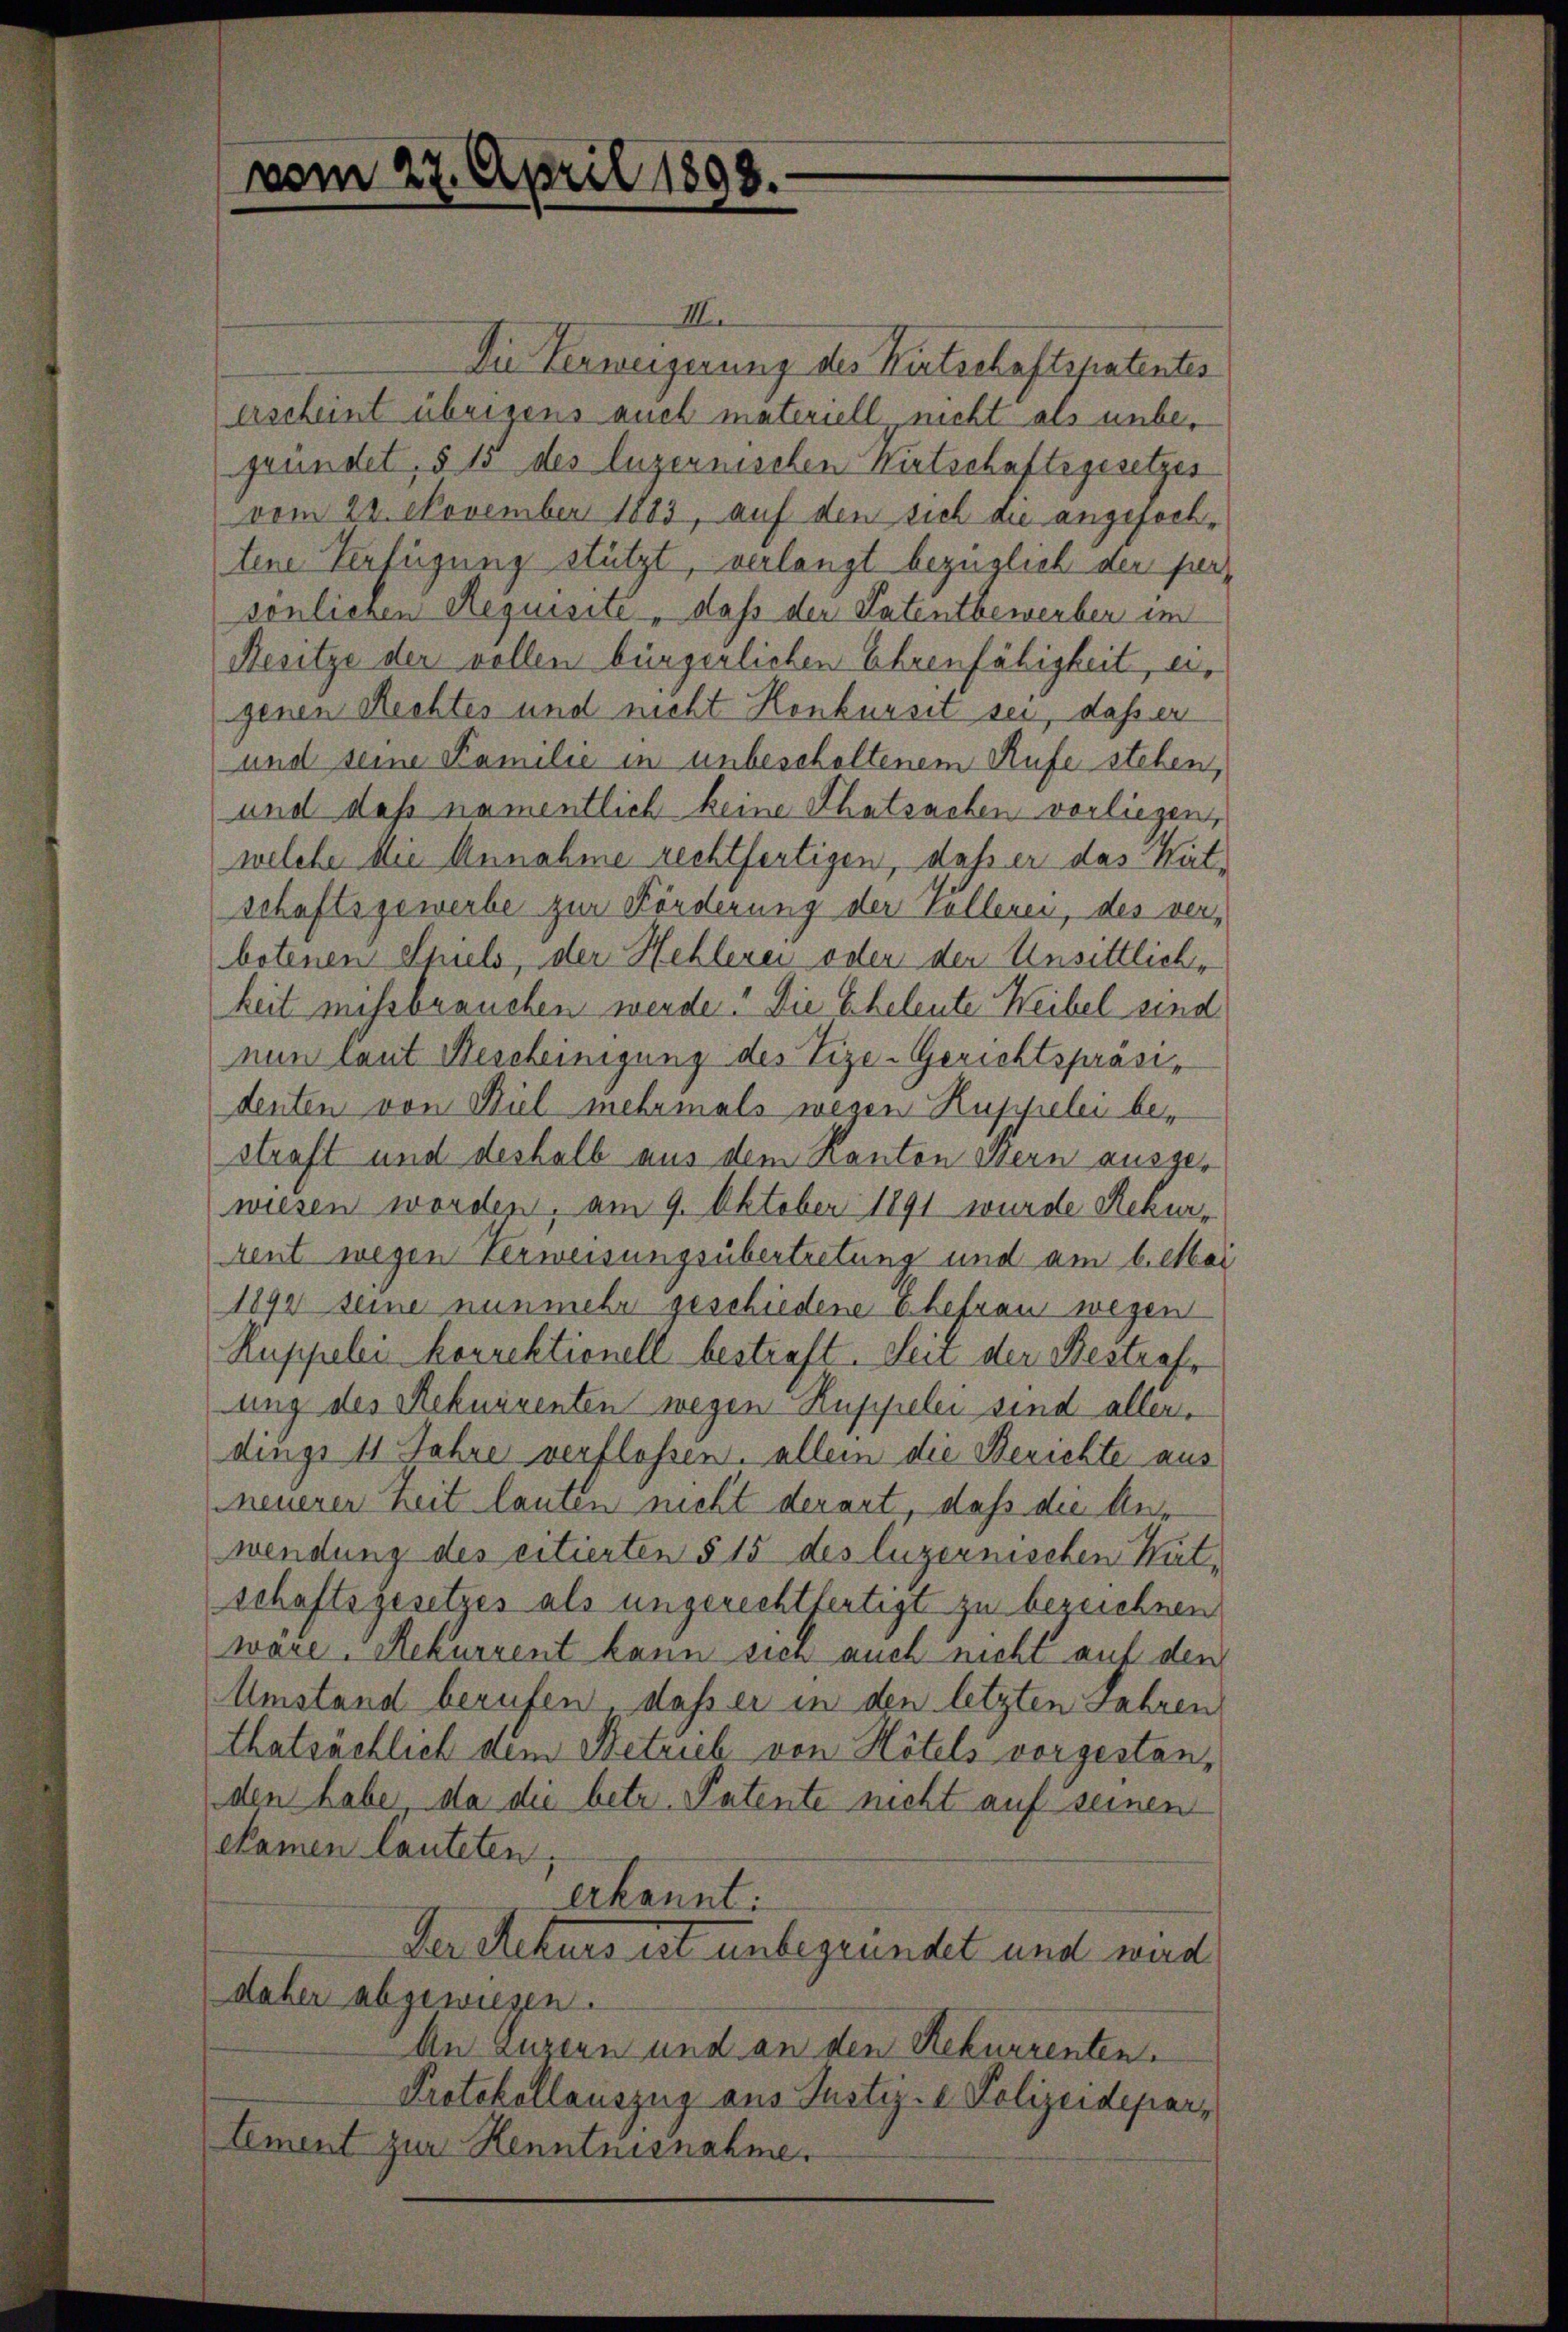
vom 27. April 1898.

III.
Die Verweigerung des Kirtschaftspatentes
erscheint übrigens auch materiell, nicht aus unbe-
gründet, § 15 des luzernischen Wirtschaftsgesetzes
vom 22. November 1883, auf den sich die angefochtene Verfügung stützt, verlangt bezüglich der forsonlichen Requisite - dass der Patentbewerber im
Besitze der vollen bürgerlichen Ehrenfähigkeit, u.
genen Rechtes und nicht Konkursit sei, daß er
und seine Familie in unbescholtenem Rufe stehen,
und daß namentlich keine Thatsachen vorliegen,
welche die Annahme rechtfertigen, daß er das Kutschaftsgewerbe zur Förderung der vollenen, des verbotenen Spiels, der Hehlerei oder der Unsittliche
keit missbrauchen werde? Die Eheleute Weibel sind
nun laut Bescheinigung des Vize-Gerichtspräsidenten von Biel mehrmals wegen Kuppelei bestraft und deshalb aus dem Kanton Bern ausgewiesen worden, am 9. Oktober 1891 wurde Rekurrent wegen Verweisungsübertretung und am 6. Mai
1894 seine nunmehr geschiedene Ehefrau wegen
Ruppelei korrektionell bestraft. Zeit der Bestrafe
ung des Rekurrenten wegen Kuppelei sind aller
dings 11 Jahre verflossen. Allein die Berichte aus
neuerer Zeit lauten nicht derart, daß die Aus
wendung des citierten § 15 des luzernischen Kutschaftsgesetzes als ungerechtfertigt zu bezeichnen
wäre. Rekurrent kann sien auch nicht auf den
Umstand berufen, daß er in den letzten Jahren
thatsächlich dem Betrieb von Hotels vorgestanden habe, da die betr. Patente nicht auf seinen
ekamen lauteten.
Verkannt.
Der Rekurs ist unbegründet und wird
daher abgewiesen.
An Luzern und an den Rekurrenten.
Protokollauszug aus Justiz- & Polizeideparlement zur Henntnisnahme.